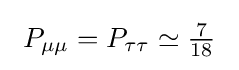
\ P_{\mu \mu }=P_{\tau \tau }\simeq {\tfrac {7}{18}}\